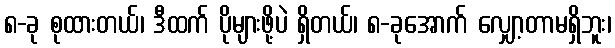
၈-ခု စုထားတယ်၊ ဒီထက် ပိုများဖို့ပဲ ရှိတယ်၊ ၈-ခုအောက် လျှော့တာမရှိဘူး၊